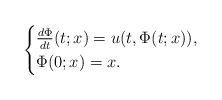
LaTeX: \begin{align*}\begin{cases}\frac{d\Phi}{dt}(t;x)=u(t,\Phi(t;x)),\\\Phi(0;x)=x.\end{cases}\end{align*}